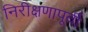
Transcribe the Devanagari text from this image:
निरीक्षणापूर्वी